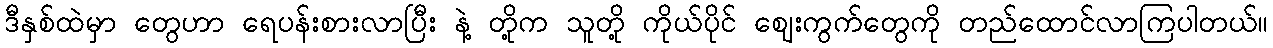
ဒီနှစ်ထဲမှာ တွေဟာ ရေပန်းစားလာပြီး နဲ့ တို့က သူတို့ ကိုယ်ပိုင် ဈေးကွက်တွေကို တည်ထောင်လာကြပါတယ်။